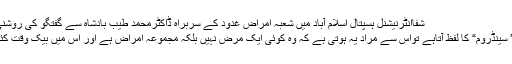
شفاانٹرنیشنل ہسپتال اسلام آباد میں شعبہ امراض غدود کے سربراہ ڈاکٹرمحمد طیب بادشاہ سے گفتگو کی روشنی میں ایک معلوماتی تحریر
جب کسی مرض کے ساتھ ’ سینڈروم“ کا لفظ آتاہے تواس سے مراد یہ ہوتی ہے کہ وہ کوئی ایک مرض نہیں بلکہ مجموعہ امراض ہے اور اس میں بیک وقت کئی علامات نمودار ہوتی ہیں۔